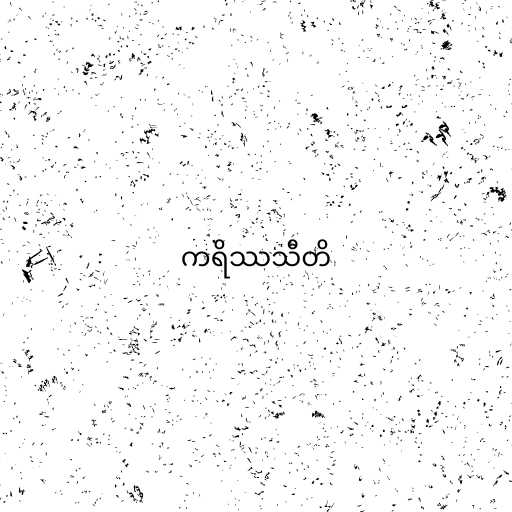
ကရိဿသီတိ